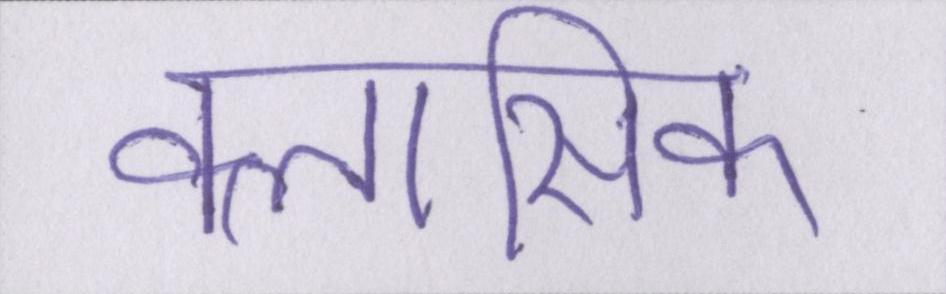
क्लासिक